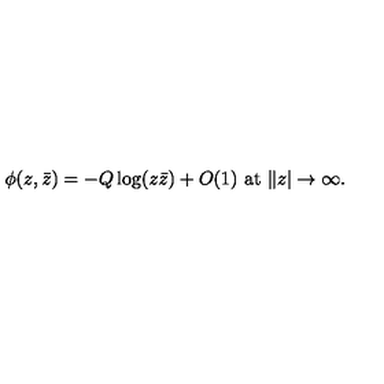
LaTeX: \phi ( z , \bar { z } ) = - Q \log ( z \bar { z } ) + O ( 1 ) \ \mathrm { a t } \ \| z | \rightarrow \infty . \nonumber